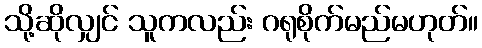
သို့ဆိုလျှင် သူကလည်း ဂရုစိုက်မည်မဟုတ်။